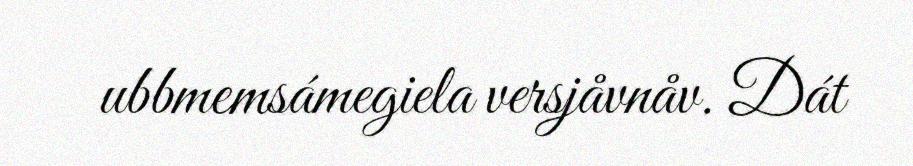
ubbmemsámegiela versjåvnåv. Dát